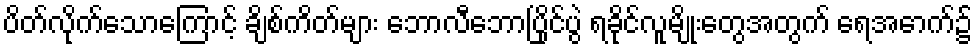
ပိတ်လိုက်သောကြောင့် ချိစ်ကိတ်များ ဘောလီဘောပြိုင်ပွဲ ရခိုင်လူမျိုးတွေအတွက် ရေအောက်၌